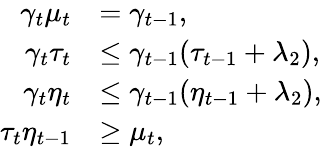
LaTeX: \begin{array}{rl}{\gamma_{t}\mu_{t}}&{=\gamma_{t-1},}\\ {\gamma_{t}\tau_{t}}&{\leq\gamma_{t-1}(\tau_{t-1}+\lambda_{2}),}\\ {\gamma_{t}\eta_{t}}&{\leq\gamma_{t-1}(\eta_{t-1}+\lambda_{2}),}\\ {\tau_{t}\eta_{t-1}}&{\geq\mu_{t},}\end{array}